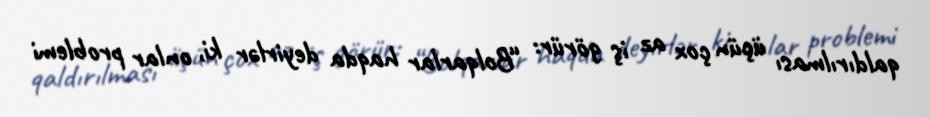
qaldırılması üçün çox az iş görür: “Bolqarlar haqda deyirlər ki, onlar problemi